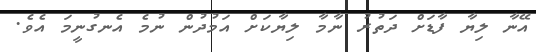
އޭނާ ލިޔާ ފާޑަށް ދަތުރު ނާމާ ލިޔާކަށް އަމުދުން ނުމެ އެނގުނީމަ އެވެ.